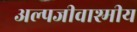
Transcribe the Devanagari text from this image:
अल्पजीवाश्मीय